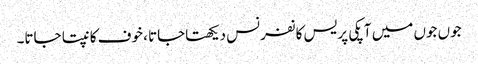
جوں جوں میں آپکی پریس کانفرنس دیکھتاجاتا ، خوف کانپتا جاتا۔